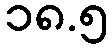
၁၈.၅